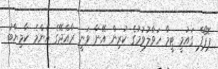
ޕޮޕޯފް ގައުމީ ޓީމާ ހަވާލުވުމުގެ ކުރިން އޭނާ ވަނީ ރާއްޖޭގެ އެންމެ ކާމިޔާބު